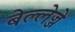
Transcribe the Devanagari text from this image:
बेल्लेज्जे